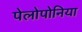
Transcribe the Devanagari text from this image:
पेलोपोनिया